Insane asylums in Bengal annual reports 1867-1875 - 1867-1875
Year: 1867
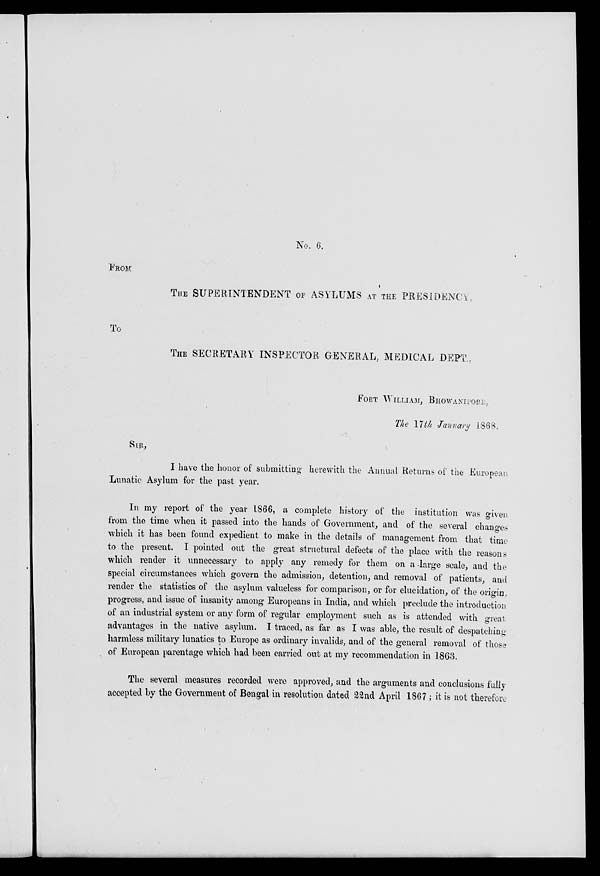
No. 6.
FROM
THE SUPERINTENDENT OF ASYLUMS AT THE PRESIDENCY,
To
THE SECRETARY INSPECTOR GENERAL, MEDICAL DEPT.,
FORT WILLIAM, BHOWANIPORE,
The 17th January 1868.
SIR,
I have the honor of submitting herewith the Annual Returns of the European
Lunatic Asylum for the past year.
In my report of the year 1866, a complete history of the institution was given
from the time when it passed into the hands of Government, and of the several changes
which it has been found expedient to make in the details of management from that time
to the present. I pointed out the great structural defects of the place with the reasons
which render it unnecessary to apply any remedy for them on a large scale, and the
special circumstances which govern the admission, detention, and removal of patients, and
render the statistics of the asylum valueless for comparison, or for elucidation, of the origin,
progress, and issue of insanity among Europeans in India, and which preclude the introduction
of an industrial system or any form of regular employment such as is attended with great
advantages in the native asylum. I traced, as far as I was able, the result of despatching
harmless military lunatics to Europe as ordinary invalids, and of the general removal of those
of European parentage which had been carried out at my recommendation in 1863.
The several measures recorded were approved, and the arguments and conclusions fully
accepted by the Government of Bengal in resolution dated 22nd April 1867 ; it is not therefore